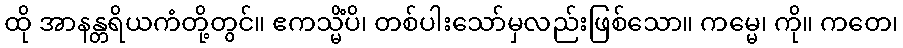
ထို အာနန္တရိယကံတို့တွင်။ ဧကသ္မိံပိ၊ တစ်ပါးသော်မှလည်းဖြစ်သော။ ကမ္မေ၊ ကို။ ကတေ၊